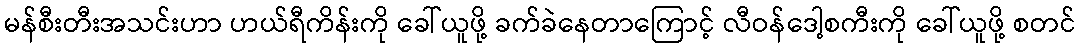
မန်စီးတီးအသင်းဟာ ဟယ်ရီကိန်းကို ခေါ်ယူဖို့ ခက်ခဲနေတာကြောင့် လီဝန်ဒေါ့စကီးကို ခေါ်ယူဖို့ စတင်